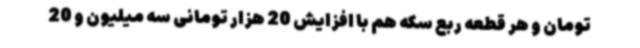
تومان و هر قطعه ربع سکه هم با افزایش 20 هزار تومانی سه میلیون و 20